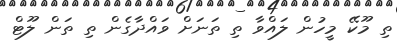
ތި މޫކޭ މީހުން ލައްވާ ތި ތަނަށް ވައްދާގެން ތި ތަން ލޫޓް